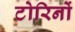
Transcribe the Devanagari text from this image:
टोरिनों